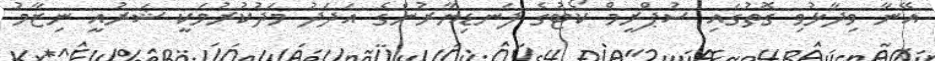
އޭނާ ވިދާޅުވި ގޮތުގައި ސުޕްރީމް ކޯޓުގެ ފަނޑިޔާރުންގެ އަދަދު މަދުކުރުމަކީ ޝަރުއީ ނިޒާމު